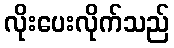
လိုးပေးလိုက်သည်